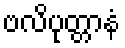
ဗလိပုတ္တာနံ